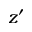
z ^ { \prime }